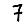
Digit: 7